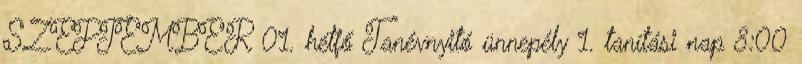
SZEPTEMBER 01. hétfő Tanévnyitó ünnepély 1. tanítási nap 8:00